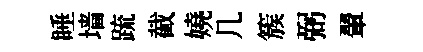
睡墙䟽截嬈几簇弼翬